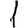
Digit: 1